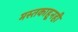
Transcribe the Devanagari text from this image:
मस्तकाहूनही